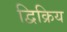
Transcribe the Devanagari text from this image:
द्विक्रिय